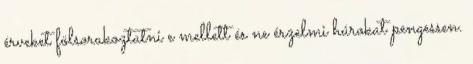
érveket fölsorakoztatni e mellett és ne érzelmi húrokat pengessen.